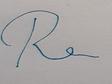
Signature authenticity: forged